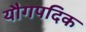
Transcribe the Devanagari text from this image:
यौगपदिक